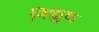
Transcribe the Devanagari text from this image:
निझुक